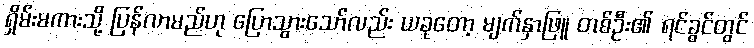
ရှိမ်းမကားသို့ ပြန်လာမည်ဟု ပြောသွားသော်လည်း ယခုတော့ မျက်နှာဖြူ တစ်ဦး၏ ရင်ခွင်တွင်